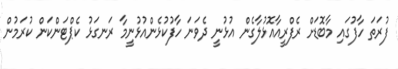
ފުރަތަ ހާފުގައި މާބޮޑަށް ރެފްރީއާއޮޅުލާގެން އުޅުނީ ދެވަނަ ހާފުކުޅެންއުޅުނީމާ ރަނގަޅު ކެޕްޓަންކަން ކުރަމުން